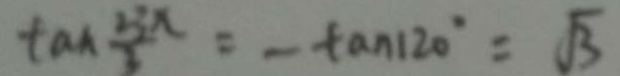
\tan \frac { 5 x } { 3 } = - \tan 1 2 0 ^ { \circ } = \sqrt { 3 }